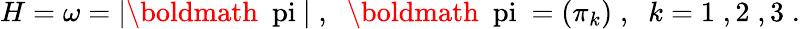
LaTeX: H=\omega=\left|\mathrm{\boldmath~\ pi~}\right|\; ,\; \; \mathrm{\boldmath~\ pi~}=\left(\pi_{k}\right)\; ,\; \; k=1\; ,2\; ,3\; .